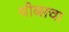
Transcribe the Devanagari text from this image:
थीब्सचा